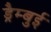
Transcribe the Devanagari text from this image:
ड्रैम्बुई